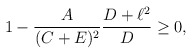
\begin{align*}1-{A\over{(C+E)^2}}{{D+\ell^2}\over D}\geq 0,\end{align*}